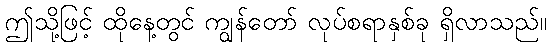
ဤသို့ဖြင့် ထိုနေ့တွင် ကျွန်တော် လုပ်စရာနှစ်ခု ရှိလာသည်။